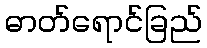
ဓာတ်ရောင်ခြည်